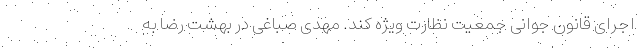
اجرای قانون جوانی جمعیت نظارت ویژه کند. مهدی صباغی در بهشت رضا به